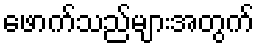
ဖောက်သည်များအတွက်